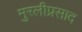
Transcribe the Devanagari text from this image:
मुरलीप्रसाद